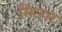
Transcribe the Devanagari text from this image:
मिल्पा